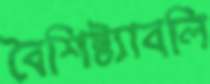
বৈশিষ্ট্যাবলি